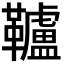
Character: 𩍼